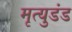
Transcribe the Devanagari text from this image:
मृत्युडंड